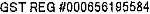
GST REG #000656195584